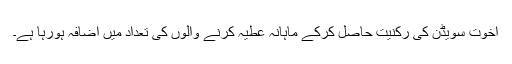
اخوت سویڈن کی رکنیت حاصل کرکے ماہانہ عطیہ کرنے والوں کی تعداد میں اضافہ ہورہا ہے۔